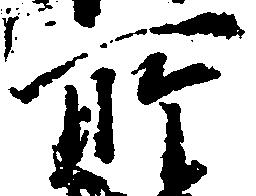
所